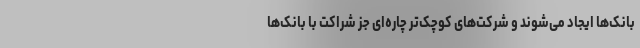
بانک‌ها ایجاد می‌شوند و شرکت‌های کوچک‌تر چاره‌ای جز شراکت با بانک‌ها